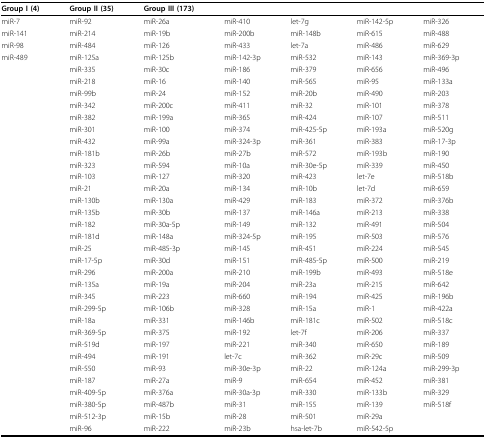
<table><thead><tr><td><b>Group I (4)</b></td><td><b>Group II (35)</b></td><td><b>Group III (173)</b></td><td></td><td></td><td></td><td></td></tr></thead><tbody><tr><td>miR-7</td><td>miR-92</td><td>miR-26a</td><td>miR-410</td><td>let-7g</td><td>miR-142-5p</td><td>miR-326</td></tr><tr><td>miR-141</td><td>miR-214</td><td>miR-19b</td><td>miR-200b</td><td>miR-148b</td><td>miR-615</td><td>miR-488</td></tr><tr><td>miR-98</td><td>miR-484</td><td>miR-126</td><td>miR-433</td><td>let-7a</td><td>miR-486</td><td>miR-629</td></tr><tr><td>miR-489</td><td>miR-125a</td><td>miR-125b</td><td>miR-142-3p</td><td>miR-532</td><td>miR-143</td><td>miR-369-3p</td></tr><tr><td></td><td>miR-335</td><td>miR-30c</td><td>miR-186</td><td>miR-379</td><td>miR-656</td><td>miR-496</td></tr><tr><td></td><td>miR-218</td><td>miR-16</td><td>miR-140</td><td>miR-565</td><td>miR-95</td><td>miR-133a</td></tr><tr><td></td><td>miR-99b</td><td>miR-24</td><td>miR-152</td><td>miR-20b</td><td>miR-490</td><td>miR-203</td></tr><tr><td></td><td>miR-342</td><td>miR-200c</td><td>miR-411</td><td>miR-32</td><td>miR-101</td><td>miR-378</td></tr><tr><td></td><td>miR-382</td><td>miR-199a</td><td>miR-365</td><td>miR-424</td><td>miR-107</td><td>miR-511</td></tr><tr><td></td><td>miR-301</td><td>miR-100</td><td>miR-374</td><td>miR-425-5p</td><td>miR-193a</td><td>miR-520g</td></tr><tr><td></td><td>miR-432</td><td>miR-99a</td><td>miR-324-3p</td><td>miR-361</td><td>miR-383</td><td>miR-17-3p</td></tr><tr><td></td><td>miR-181b</td><td>miR-26b</td><td>miR-27b</td><td>miR-572</td><td>miR-193b</td><td>miR-190</td></tr><tr><td></td><td>miR-323</td><td>miR-594</td><td>miR-10a</td><td>miR-30e-5p</td><td>miR-339</td><td>miR-450</td></tr><tr><td></td><td>miR-103</td><td>miR-127</td><td>miR-320</td><td>miR-423</td><td>let-7e</td><td>miR-518b</td></tr><tr><td></td><td>miR-21</td><td>miR-20a</td><td>miR-134</td><td>miR-10b</td><td>let-7d</td><td>miR-659</td></tr><tr><td></td><td>miR-130b</td><td>miR-130a</td><td>miR-429</td><td>miR-183</td><td>miR-372</td><td>miR-376b</td></tr><tr><td></td><td>miR-135b</td><td>miR-30b</td><td>miR-137</td><td>miR-146a</td><td>miR-213</td><td>miR-338</td></tr><tr><td></td><td>miR-182</td><td>miR-30a-5p</td><td>miR-149</td><td>miR-132</td><td>miR-491</td><td>miR-504</td></tr><tr><td></td><td>miR-181d</td><td>miR-148a</td><td>miR-324-5p</td><td>miR-195</td><td>miR-503</td><td>miR-576</td></tr><tr><td></td><td>miR-25</td><td>miR-485-3p</td><td>miR-145</td><td>miR-451</td><td>miR-224</td><td>miR-545</td></tr><tr><td></td><td>miR-17-5p</td><td>miR-30d</td><td>miR-151</td><td>miR-485-5p</td><td>miR-500</td><td>miR-219</td></tr><tr><td></td><td>miR-296</td><td>miR-200a</td><td>miR-210</td><td>miR-199b</td><td>miR-493</td><td>miR-518e</td></tr><tr><td></td><td>miR-135a</td><td>miR-19a</td><td>miR-204</td><td>miR-23a</td><td>miR-215</td><td>miR-642</td></tr><tr><td></td><td>miR-345</td><td>miR-223</td><td>miR-660</td><td>miR-194</td><td>miR-425</td><td>miR-196b</td></tr><tr><td></td><td>miR-299-5p</td><td>miR-106b</td><td>miR-328</td><td>miR-15a</td><td>miR-1</td><td>miR-422a</td></tr><tr><td></td><td>miR-18a</td><td>miR-331</td><td>miR-146b</td><td>miR-181c</td><td>miR-502</td><td>miR-518c</td></tr><tr><td></td><td>miR-369-5p</td><td>miR-375</td><td>miR-192</td><td>let-7f</td><td>miR-206</td><td>miR-337</td></tr><tr><td></td><td>miR-519d</td><td>miR-197</td><td>miR-221</td><td>miR-340</td><td>miR-650</td><td>miR-189</td></tr><tr><td></td><td>miR-494</td><td>miR-191</td><td>let-7c</td><td>miR-362</td><td>miR-29c</td><td>miR-509</td></tr><tr><td></td><td>miR-550</td><td>miR-93</td><td>miR-30e-3p</td><td>miR-22</td><td>miR-124a</td><td>miR-299-3p</td></tr><tr><td></td><td>miR-187</td><td>miR-27a</td><td>miR-9</td><td>miR-654</td><td>miR-452</td><td>miR-381</td></tr><tr><td></td><td>miR-409-5p</td><td>miR-376a</td><td>miR-30a-3p</td><td>miR-330</td><td>miR-133b</td><td>miR-329</td></tr><tr><td></td><td>miR-380-5p</td><td>miR-487b</td><td>miR-31</td><td>miR-155</td><td>miR-139</td><td>miR-518f</td></tr><tr><td></td><td>miR-512-3p</td><td>miR-15b</td><td>miR-28</td><td>miR-501</td><td>miR-29a</td><td></td></tr><tr><td></td><td>miR-96</td><td>miR-222</td><td>miR-23b</td><td>hsa-let-7b</td><td>miR-542-5p</td><td></td></tr></tbody></table>